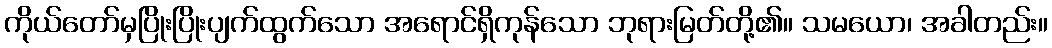
ကိုယ်တော်မှပြိုးပြိုးပျက်ထွက်သော အရောင်ရှိကုန်သော ဘုရားမြတ်တို့၏။ သမယော၊ အခါတည်း။